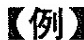
【例】